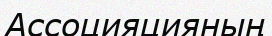
Ассоцияцияның